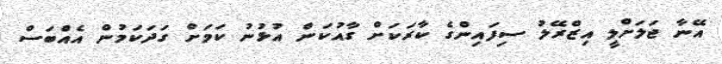
އޭނާ ޖަލަށްލީ އިޒްރޭލު ސިފައިންގެ ކާރަކަށް ގާއުކަން އުޅުނު ކަމަށް ގަދަކަމުން އެއްބަސް